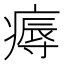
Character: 𤹘